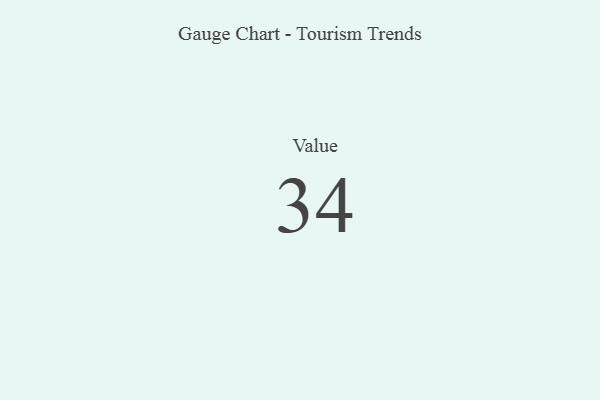
{"axis": {"x": "Metric", "y": "Value"}, "legend": [""], "data": [{"x": "Value", "y": 34, "type": ""}]}